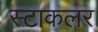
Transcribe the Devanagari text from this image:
स्टाकलर